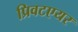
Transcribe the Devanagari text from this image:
प्रिवटएयर